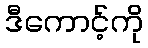
ဒီကောင့်ကို